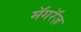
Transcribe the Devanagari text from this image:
मॅगरॅज़